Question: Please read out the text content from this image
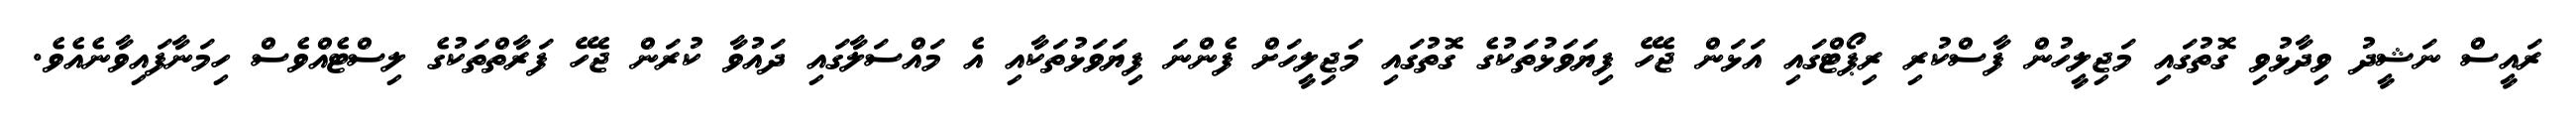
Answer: ރައީސް ނަޝީދު ވިދާޅުވި ގޮތުގައި މަޖިލީހުން ފާސްކުރި ރިޕޯޓްގައި އަޅަން ޖެހޭ ފިޔަވަޅުތަކުގެ ގޮތުގައި މަޖިލީހަށް ފެންނަ ފިޔަވަޅުތަކާއި އެ މައްސަލާގައި ދައުވާ ކުރަން ޖެހޭ ފަރާތްތަކުގެ ލިސްޓެއްވެސް ހިމަނާފައިވާނެއެވެ.